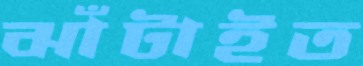
ঝাঁটাইত